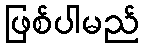
ဖြစ်ပါမည်